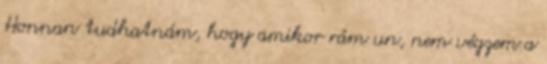
Honnan tudhatnám, hogy amikor rám un, nem végzem a